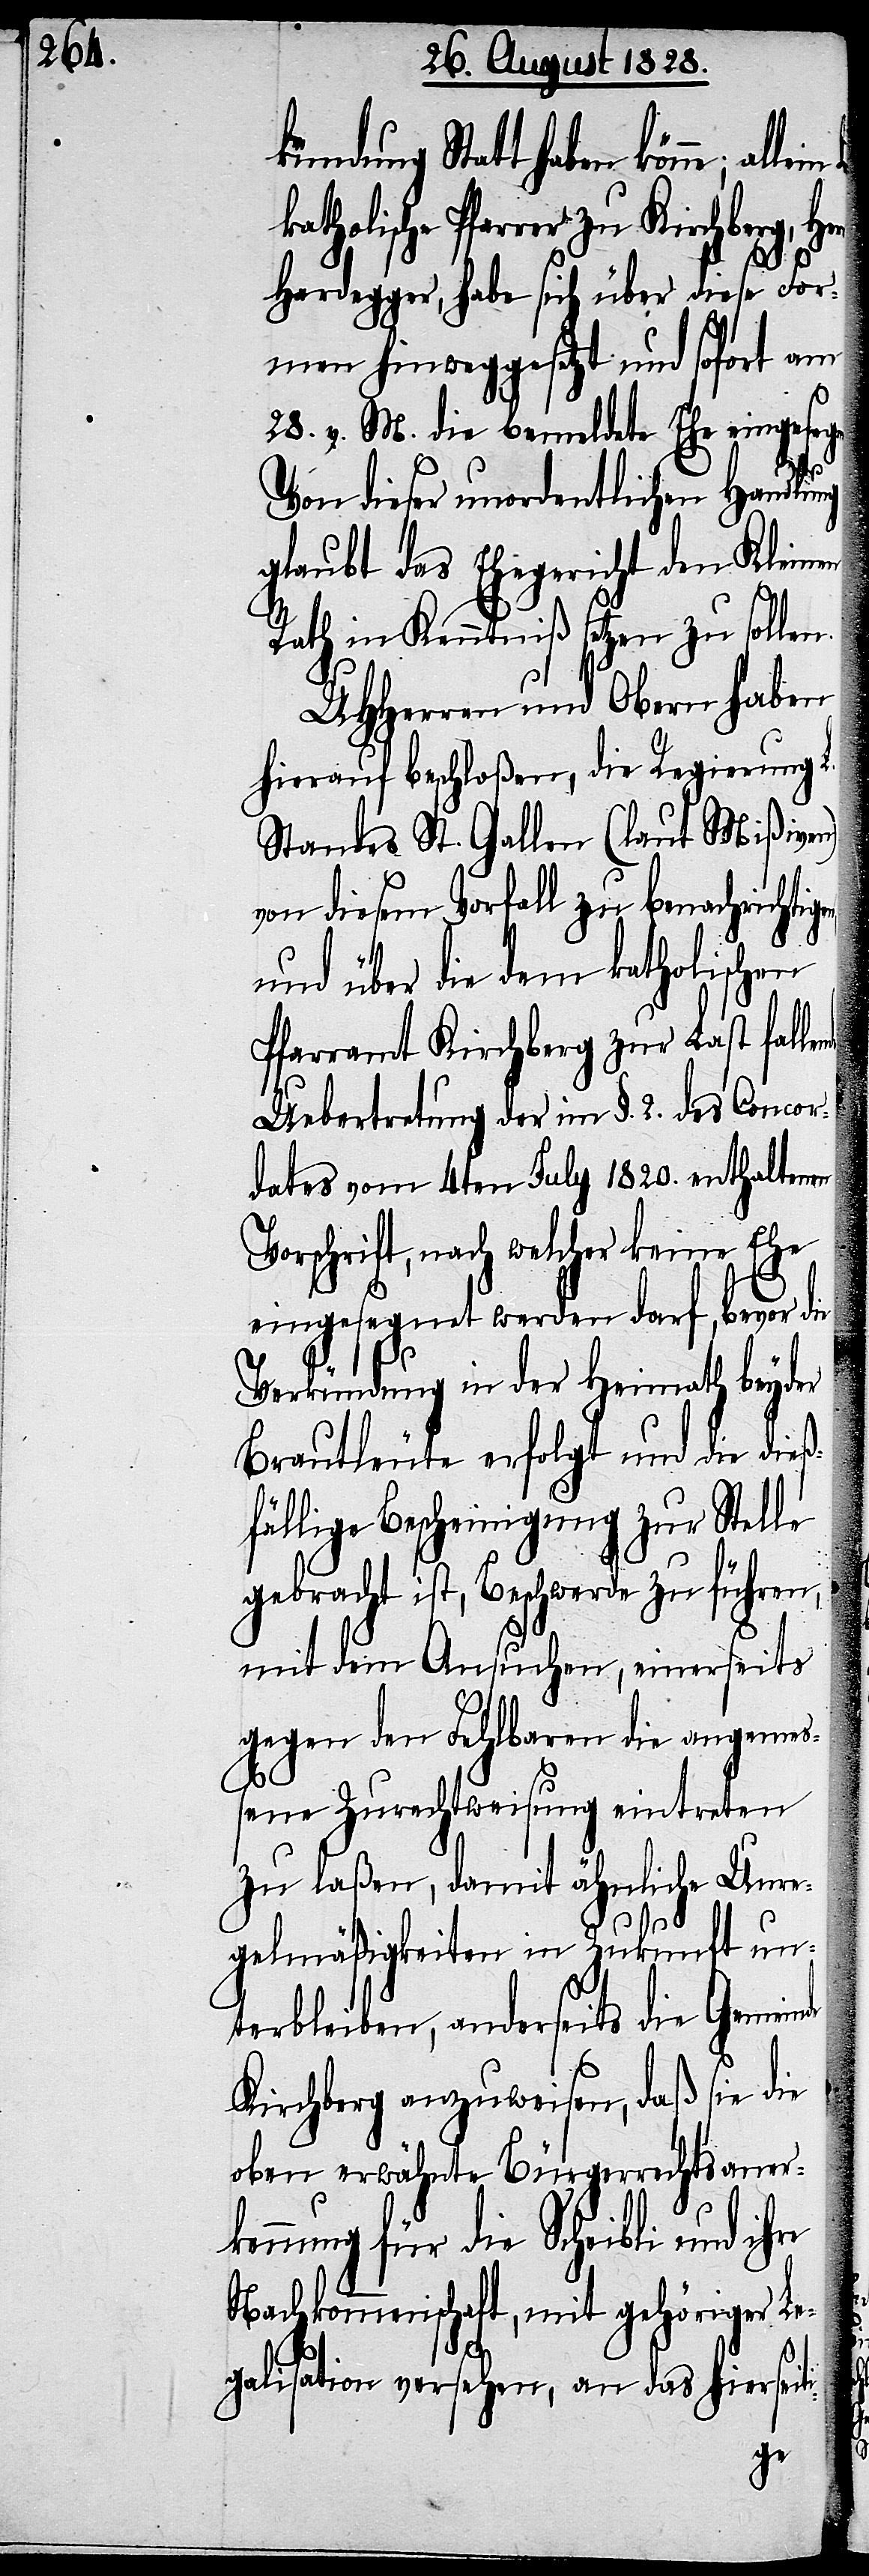
kündung Statt haben könne;
katholische Pfarrer zu Kirchberg, He¬
ß¬
Hardegger, habe sich über diese For¬
men hinweggesetzt und sofort am
28. v. M. die bemeldete Ehe eingesegn¬
et.
Von dieser unordentlichen Handlung
glaubt das Ehegericht den Kleinen
Rath in Kenntniß setzen zu solle¬
UHHerren und Obern haben
hierauf beschloßen, die Regierung
Standes St. Gallen (laut Mißiven)
von diesem Vorfall zu benachrichti¬
und über die dem katholischen
Pfarramt Kirchberg zur Last falle¬
Uebertretung der im §. 2. des Concor¬
dates vom 4ten July 1820. enthaltenen
Vorschrift, nach welcher keine Ehe
eingesegnet werden darf, bevor
Verkündung in der Heimath beyder
Brautleute erfolgt und die die¬
fällige Bescheinigung zur Stelle
gebracht ist, Beschwerde zu führen,
mit dem Ansuchen, einerseits
gegen den Fehlbaren die angemeß¬
ene Zurechtweisung eintreten
zu laßen, damit ähnliche Unre¬
gelmäßigkeiten in Zukunft un¬
terbleiben, anderseits die Gemeinde
Kirchberg anzuweisen, daß sie die
oben erwähnte Bürgerrechtsaner¬
kennung für die Scheibli und ihre
Nachkommenschaft, mit gehöriger Le¬
galisation versehen, an das hierseit¬
i-